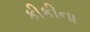
કીકીના